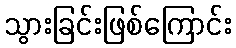
သွားခြင်းဖြစ်ကြောင်း